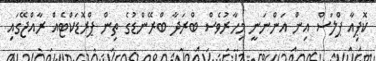
ކޮޕިއާ ޕްލަސް އިން އަންނަނީ މިހާރުވެސް ބްރަދާ ބްރޭންޑުގެ ތިން ޕްރޮޑަކްޓެއް ރާއްޖޭގައި